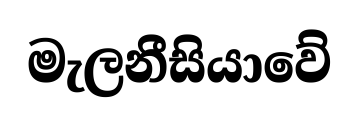
මැලනීසියාවේ